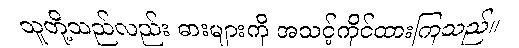
သူတို့သည်လည်း ဓားများကို အသင့်ကိုင်ထားကြသည်။